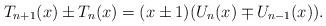
LaTeX: \begin{align*}T_{n+1}(x)\pm T_n(x)=(x\pm 1) (U_n(x)\mp U_{n-1}(x)).\end{align*}